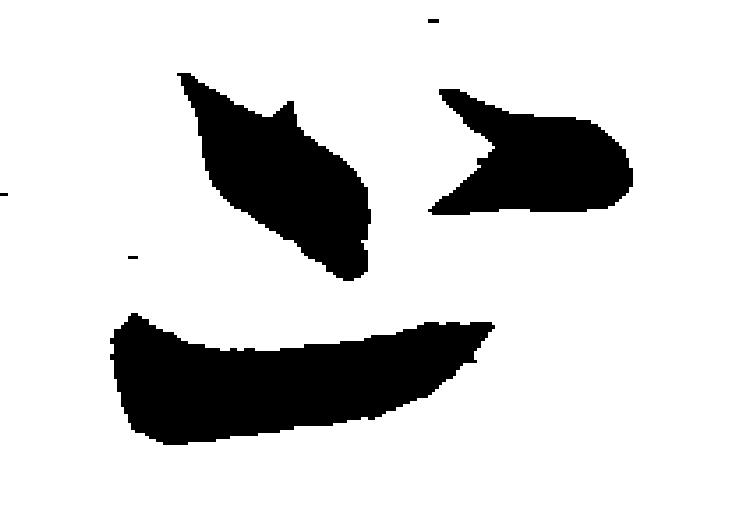
上